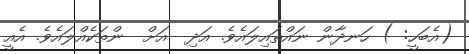
(އެބަހީ: ) ހަނދާން ނައްތައިލައެވެ. އަދި  އަށް  ންތަކެއްލައެވެ. އެއީ